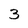
Character: 3